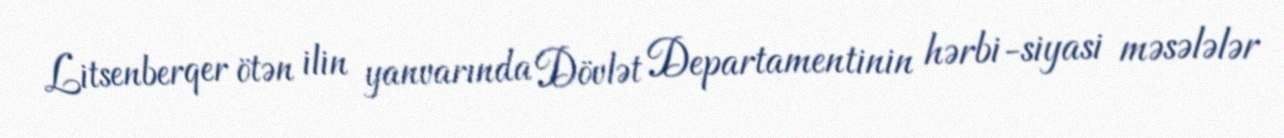
Litsenberqer ötən ilin yanvarında Dövlət Departamentinin hərbi-siyasi məsələlər